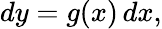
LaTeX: dy=g(x)\, dx,